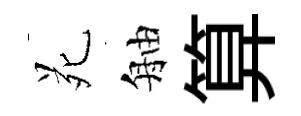
苑舳算